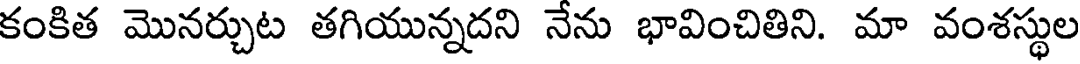
కంకిత మొనర్చుట తగియున్నదని నేను భావించితిని. మా వంశస్థుల